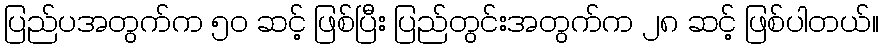
ပြည်ပအတွက်က ၅၀ ဆင့် ဖြစ်ပြီး ပြည်တွင်းအတွက်က ၂၈ ဆင့် ဖြစ်ပါတယ်။